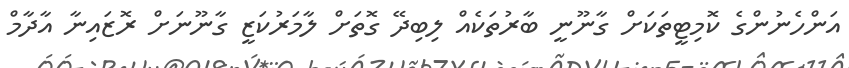
އަންހެނުންގެ ކޮމިޓީތަކަށް ގާނޫނީ ބާރުތަކެއް ލިބިދޭ ގޮތަށް ލާމަރުކަޒީ ގާނޫނަށް ރޮޒައިނާ އާދާމް